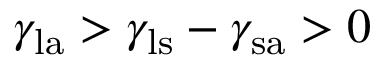
\gamma _ { \mathrm { l a } } > \gamma _ { \mathrm { l s } } - \gamma _ { \mathrm { s a } } > 0